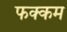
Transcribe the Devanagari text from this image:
फक्कम